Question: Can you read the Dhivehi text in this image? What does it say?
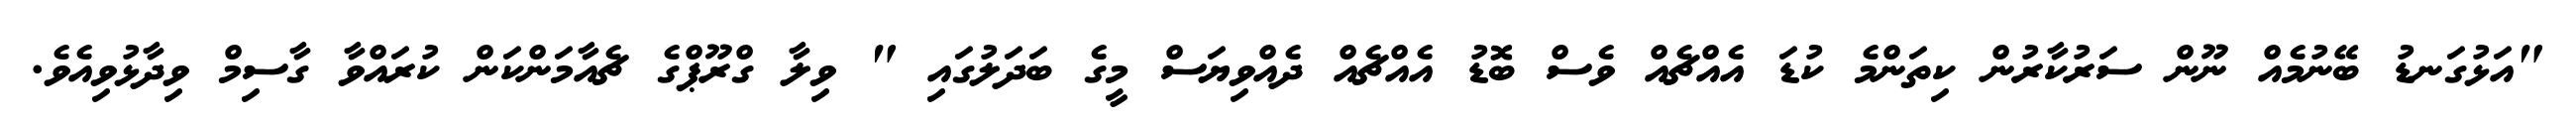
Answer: "އަޅުގަނޑު ބޭނުމެއް ނޫން ސަރުކާރުން ކިތަންމެ ކުޑަ އެއްޗެއް ވެސް ބޮޑު އެއްޗެއް ދެއްވިޔަސް މީގެ ބަދަލުގައި " ވިލާ ގްރޫޕްގެ ޗެއާމަންކަން ކުރައްވާ ގާސިމް ވިދާޅުވިއެވެ.